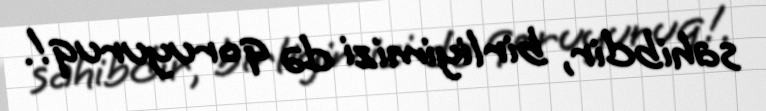
sahibdir, birliyimizi də qoruyuruq!.